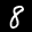
Label: 8